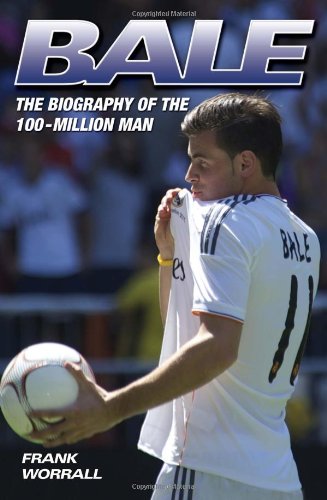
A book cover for Bale: The Biography of the 100-Million Man; Frank Worrall; Biographies & Memoirs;